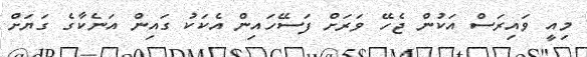
މިއީ ވައިރަސް އަކުން ޖެހޭ ވަރަށް ފަސޭހައިން އެކަކު ގައިން އަނެކާގެ ގަޔަށް